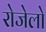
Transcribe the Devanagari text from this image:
रोजेलो